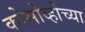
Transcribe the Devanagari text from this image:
कोसोव्होच्या